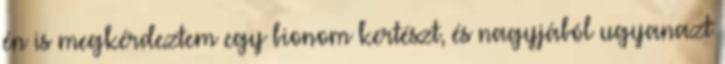
én is megkérdeztem egy bionom kertészt, és nagyjából ugyanazt